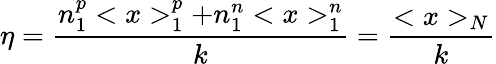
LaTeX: \eta=\frac{n_{1}^{p}<x>_{1}^{p}+n_{1}^{n}<x>_{1}^{n}}k=\frac{<x>_{N}}k